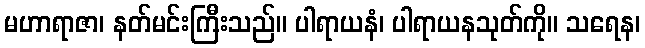
မဟာရာဇာ၊ နတ်မင်းကြီးသည်။ ပါရာယနံ၊ ပါရာယနသုတ်ကို။ သရေန၊